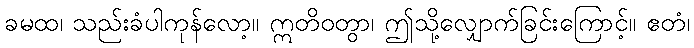
ခမထ၊ သည်းခံပါကုန်လော့။ ဣတိဝတွာ၊ ဤသို့လျှောက်ခြင်းကြောင့်။ ဧတံ၊